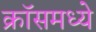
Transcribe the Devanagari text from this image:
क्रॉसमध्ये